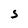
Character: S